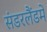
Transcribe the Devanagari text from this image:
संडरलैंडमें